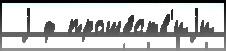
 j ф проше́ств'иjи